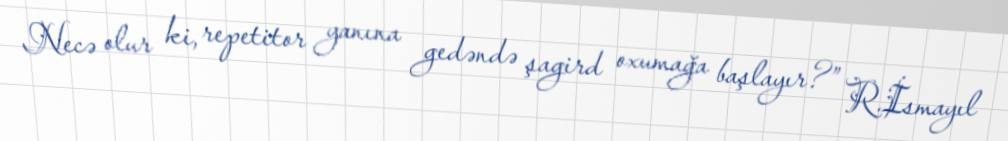
Necə olur ki, repetitor yanına gedəndə şagird oxumağa başlayır?” R.İsmayıl